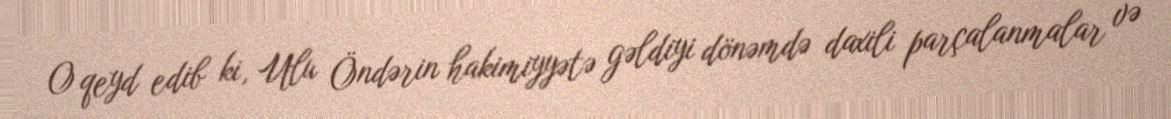
O qeyd edib ki, Ulu Öndərin hakimiyyətə gəldiyi dönəmdə daxili parçalanmalar və